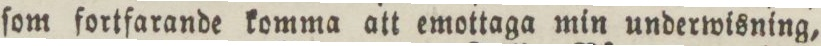
ſom fortfarande komma att emottaga min underwisning,